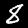
Label: 8